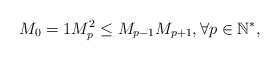
LaTeX: \begin{align*}M_{0}=1M_{p}^{2}\leq M_{p-1}M_{p+1},\forall p\in \mathbb{N}^{\ast }, \end{align*}